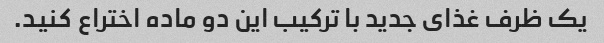
یک ظرف غذای جدید با ترکیب این دو ماده اختراع کنید.